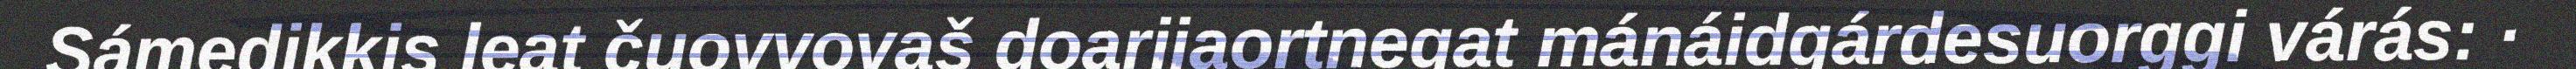
Sámedikkis leat čuovvovaš doarjjaortnegat mánáidgárdesuorggi várás: ·